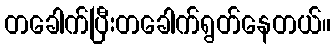
တခေါက်ပြီးတခေါက်ရွတ်နေတယ်။